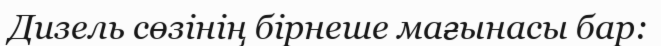
Дизель сөзінің бірнеше мағынасы бар: